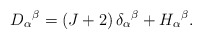
\begin{align*}D_\alpha{}^\beta=(J+2)\,\delta_\alpha{}^\beta+H_\alpha{}^\beta.\end{align*}